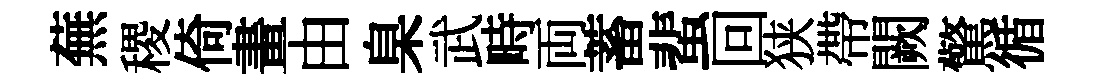
蕪稷倚畫由臬武畤両蓄蜚回狭帶闕驚循